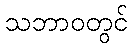
သဘာဝတွင်